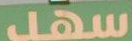
سهل